Leaving Certificate Examination (including Day School Certificate (Higher) General paper), 1938
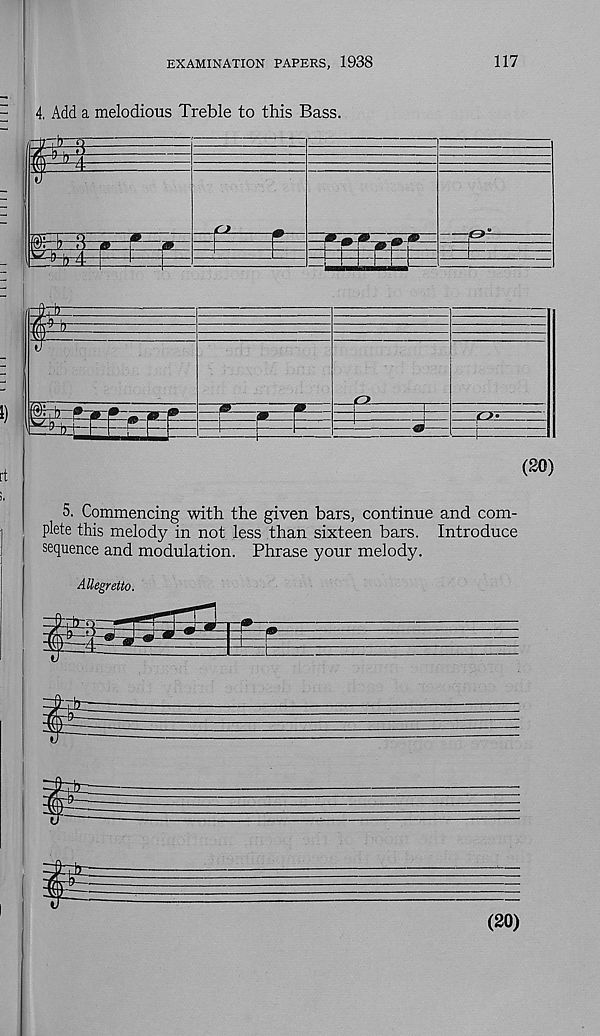
EXAMINATION PAPERS, 1938
117
4. Add a melodious Treble to this Bass.
S
ex
9*=
&
I
fl-
(20)
5. Commencing with the given bars, continue and com-
plete this melody in not less than sixteen bars. Introduce
sequence and modulation. Phrase your melody.
Allegretto.